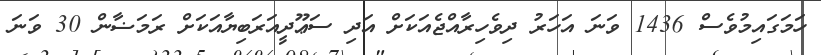
ހަމަގައިމުވެސް 1436 ވަނަ އަހަރު ދިވެހިރާއްޖެއަކަށް އަދި ސަޢޫދީއަރަބިޔާއަކަށް ރަމަޟާން 30 ވަނަ